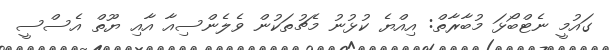
ގައުމީ ނެޓްބޯޅަ މުބާރާތް: އިއްޔެ ކުޅުނު މެޗުތަކުން ވެލެންސިއާ އާއި ޔޫތް އެސްސީ